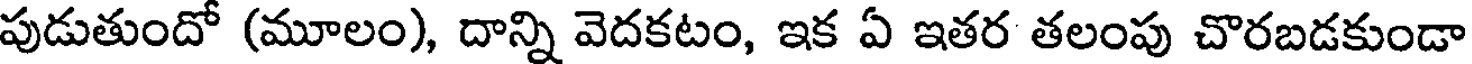
పుడుతుందో (మూలం), దాన్ని వెదకటం, ఇక ఏ ఇతర తలంపు చొరబడకుండా